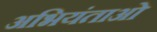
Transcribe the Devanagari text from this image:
अभियंताओ